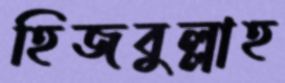
হিজবুল্লাহ